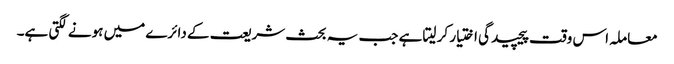
معاملہ اس وقت پیچیدگی اختیار کر لیتا ہے جب یہ بحث شریعت کے دائرے میں ہونے لگتی ہے۔